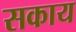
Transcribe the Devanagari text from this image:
सकाय